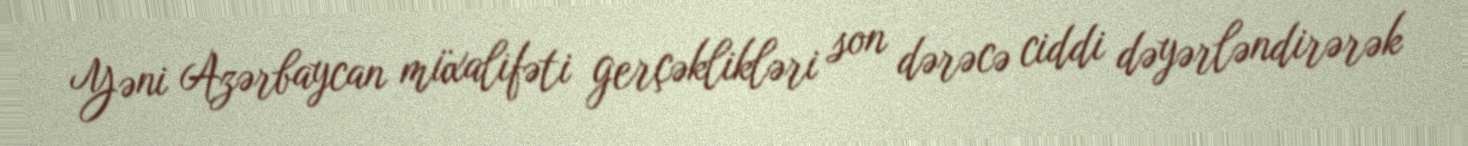
Yəni Azərbaycan müxalifəti gerçəklikləri son dərəcə ciddi dəyərləndirərək